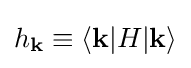
h_{\mathbf {k} }\equiv \langle \mathbf {k} |H|\mathbf {k} \rangle